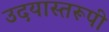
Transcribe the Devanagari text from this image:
उदयास्तरूपी